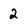
Character: 2